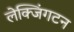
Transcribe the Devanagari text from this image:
लेक्जिंगटन